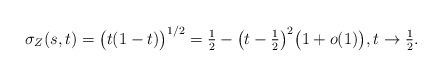
LaTeX: \begin{align*} \sigma_Z(s,t)=\bigl(t(1-t)\bigr)^{{1}/{2}}=\tfrac{1}{2}- \bigl(t-\tfrac{1}{2} \bigr)^2\bigl(1+o(1)\bigr), t\rightarrow\tfrac{1}{2}.\end{align*}